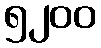
၅၂၀၀